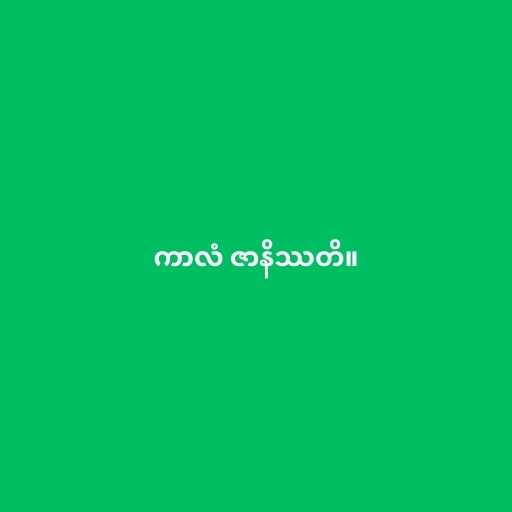
ကာလံ ဇာနိဿတိ။